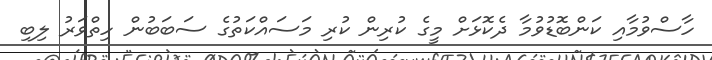
ހާސްވުމާއި ކަންބޮޑުވުމާ ދެކޮޅަށް މީގެ ކުރިން ކުރި މަސައްކަތުގެ ސަބަބުން ހިތްވަރު ލިބި